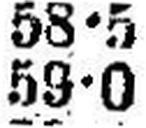
59•0